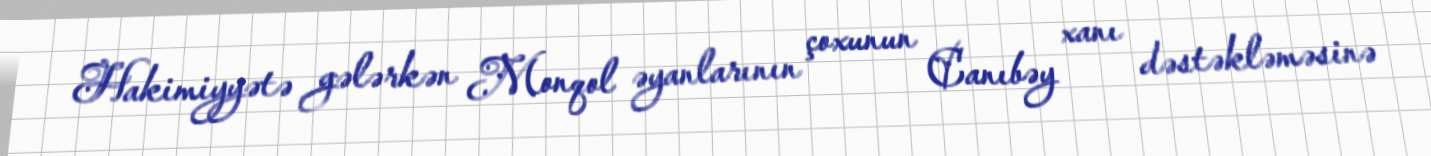
Hakimiyyətə gələrkən Monqol əyanlarının çoxunun Canıbəy xanı dəstəkləməsinə